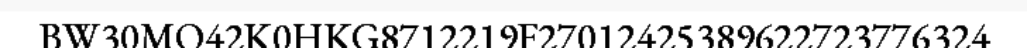
BW30MO42K0HKG8712219F27012425389622723776324